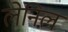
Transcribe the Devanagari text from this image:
लेनिल